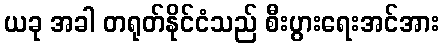
ယခု အခါ တရုတ်နိုင်ငံသည် စီးပွားရေးအင်အား